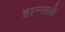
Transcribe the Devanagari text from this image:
ब्रान्सले